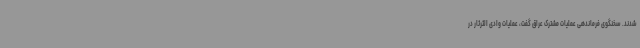
شدند. سخنگوی فرماندهی عملیات مشترک عراق گفت، عملیات وادی الثرثار در